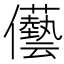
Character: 𠑢